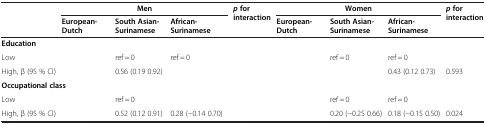
<table><thead><tr><td rowspan="2">[EMPTY_CELL]</td><td colspan="3"><b>Men</b></td><td rowspan="2"><b><i>p </i>for interaction</b></td><td colspan="3"><b>Women</b></td><td rowspan="2"><b><i>p </i>for interaction</b></td></tr><tr><td><b>European-Dutch</b></td><td><b>South Asian-Surinamese</b></td><td><b>African-Surinamese</b></td><td><b>European-Dutch</b></td><td><b>South Asian-Surinamese</b></td><td><b>African-Surinamese</b></td></tr></thead><tbody><tr><td colspan="9"><b>Education</b></td></tr><tr><td>Low</td><td>[EMPTY_CELL]</td><td>ref = 0</td><td>ref = 0</td><td>[EMPTY_CELL]</td><td>[EMPTY_CELL]</td><td>ref = 0</td><td>ref = 0</td><td>[EMPTY_CELL]</td></tr><tr><td>High, β (95 % CI)</td><td>[EMPTY_CELL]</td><td>0.56 (0.19 0.92)</td><td>[EMPTY_CELL]</td><td>[EMPTY_CELL]</td><td>[EMPTY_CELL]</td><td>[EMPTY_CELL]</td><td>0.43 (0.12 0.73)</td><td>0.593</td></tr><tr><td colspan="9"><b>Occupational class</b></td></tr><tr><td>Low</td><td>[EMPTY_CELL]</td><td>ref = 0</td><td>[EMPTY_CELL]</td><td>[EMPTY_CELL]</td><td>[EMPTY_CELL]</td><td>ref = 0</td><td>ref = 0</td><td>[EMPTY_CELL]</td></tr><tr><td>High, β (95 % CI)</td><td>[EMPTY_CELL]</td><td>0.52 (0.12 0.91)</td><td>0.28 (−0.14 0.70)</td><td>[EMPTY_CELL]</td><td>[EMPTY_CELL]</td><td>0.20 (−0.25 0.66)</td><td>0.18 (−0.15 0.50)</td><td>0.024</td></tr></tbody></table>